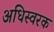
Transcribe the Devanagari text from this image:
अधिस्वरक